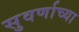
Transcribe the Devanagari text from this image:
सुवर्णाच्या